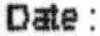
DATE :